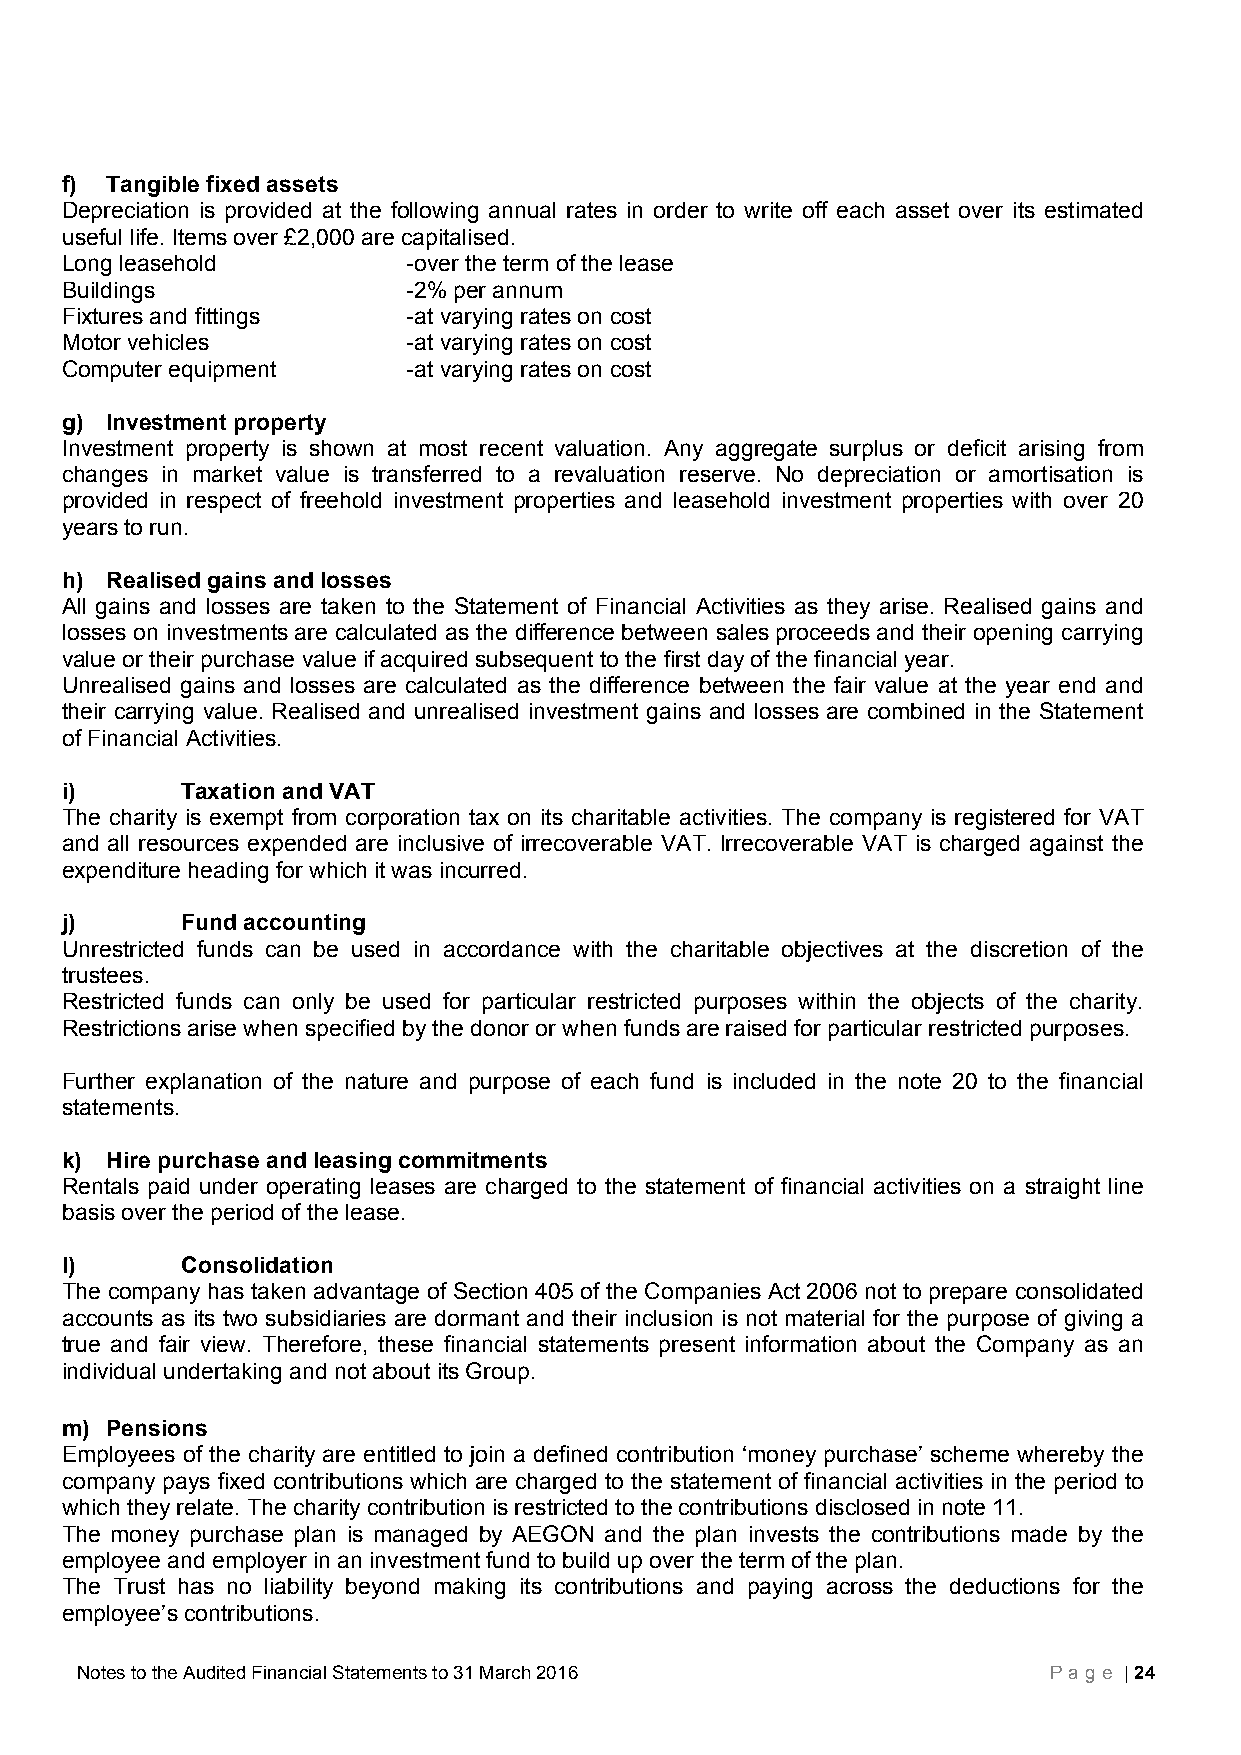
f) Tangible fixed assets
 Depreciation is provided at the following annual rates in order to write off each asset over its estimated
 useful life. Items over £2,000 are capitalised.
 Long leasehold         -over the term of the lease
 Buildings              -2% per annum
 Fixtures and fittings  -at varying rates on cost
 Motor vehicles         -at varying rates on cost
 Computer equipment     -at varying rates on cost
 g) Investment property
 Investment property is shown at most recent valuation. Any aggregate surplus or deficit arising from
 changes in market value is transferred to a revaluation reserve. No depreciation or amortisation is
 provided in respect of freehold investment properties and leasehold investment properties with over 20
 years to run.
 h) Realised gains and losses
 All gains and losses are taken to the Statement of Financial Activities as they arise. Realised gains and
 losses on investments are calculated as the difference between sales proceeds and their opening carrying
 value or their purchase value if acquired subsequent to the first day of the financial year.
 Unrealised gains and losses are calculated as the difference between the fair value at the year end and
 their carrying value. Realised and unrealised investment gains and losses are combined in the Statement
 of Financial Activities.
 i)      Taxation and VAT
 The charity is exempt from corporation tax on its charitable activities. The company is registered for VAT
 and all resources expended are inclusive of irrecoverable VAT. Irrecoverable VAT is charged against the
 expenditure heading for which it was incurred.
 j)      Fund accounting
 Unrestricted funds can be used in accordance with the charitable objectives at the discretion of the
 trustees.
 Restricted funds can only be used for particular restricted purposes within the objects of the charity.
 Restrictions arise when specified by the donor or when funds are raised for particular restricted purposes.
 Further explanation of the nature and purpose of each fund is included in the note 20 to the financial
 statements.
 k) Hire purchase and leasing commitments
 Rentals paid under operating leases are charged to the statement of financial activities on a straight line
 basis over the period of the lease.
 l)      Consolidation
 The company has taken advantage of Section 405 of the Companies Act 2006 not to prepare consolidated
 accounts as its two subsidiaries are dormant and their inclusion is not material for the purpose of giving a
 true and fair view. Therefore, these financial statements present information about the Company as an
 individual undertaking and not about its Group.
 m) Pensions
 Employees of the charity are entitled to join a defined contribution ‘money purchase’ scheme whereby the
 company pays fixed contributions which are charged to the statement of financial activities in the period to
 which they relate. The charity contribution is restricted to the contributions disclosed in note 11.
 The money purchase plan is managed by AEGON and the plan invests the contributions made by the
 employee and employer in an investment fund to build up over the term of the plan.
 The Trust has no liability beyond making its contributions and paying across the deductions for the
 employee’s contributions.
 Notes to the Audited Financial Statements to 31 March 2016      Page | 24